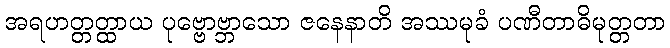
အရဟတ္တတ္ထာယ ပုဗ္ဗောဗ္ဘာသော ဇနေနာတိ အဿမုခံ ပဏီတာဓိမုတ္တတာ